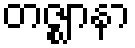
တဇ္ဈာနာ